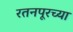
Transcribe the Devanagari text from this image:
रतनपूरच्या